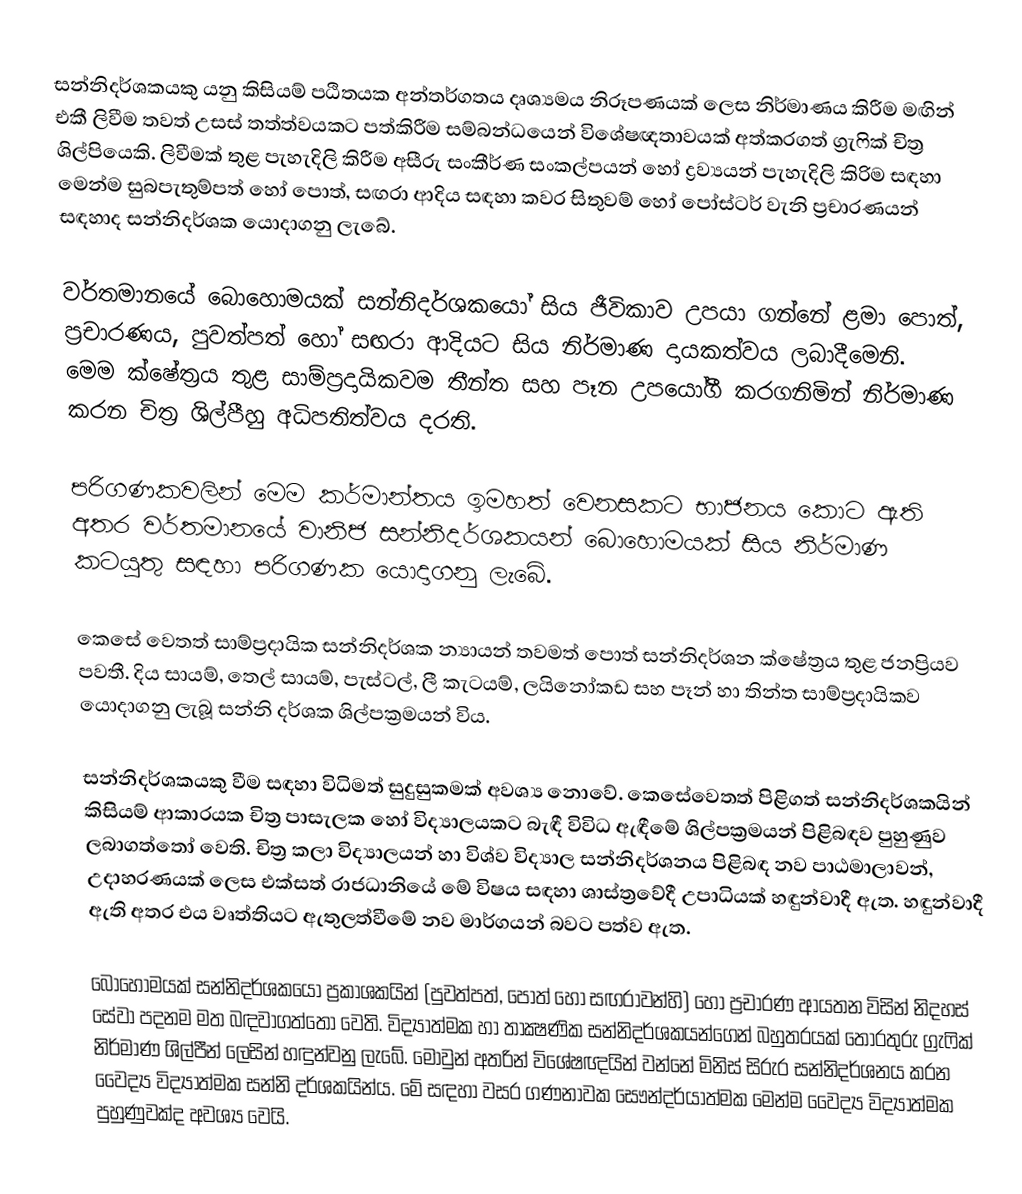
සන්නිදර්ශකයකු යනු කිසියම් පඨිතයක අන්තර්ගතය දෘශ්‍යමය නිරූපණයක් ලෙස නිර්මාණය කිරීම මඟින් එකී ලිවීම තවත් උසස් තත්ත්වයකට පත්කිරීම සම්බන්ධයෙන් විශේෂඥතාවයක් අත්කරගත් ග්‍රැෆික් චිත්‍ර ශිල්පියෙකි. ලිවීමක් තුළ පැහැදිලි කිරීම අසීරු සංකීර්ණ සංකල්පයන් හෝ ද්‍රව්‍යයන් පැහැදිලි කිරිම සඳහා මෙන්ම සුබපැතුම්පත් හෝ පොත්, සඟරා ආදිය සඳහා කවර සිතුවම් හෝ පෝස්ටර් වැනි ප්‍රචාරණයන් සඳහාද සන්නිදර්ශක යොදාගනු ලැබේ.

වර්තමානයේ බොහොමයක් සන්නිදර්ශකයෝ සිය ජීවිකාව උපයා ගන්නේ ළමා පොත්, ප්‍රචාරණය, පුවත්පත් හෝ සඟරා ආදියට සිය නිර්මාණ දායකත්වය ලබාදීමෙනි. මෙම ක්ෂේත්‍රය තුළ සාම්ප්‍රදායිකවම තීන්ත සහ පෑන උපයෝගී කරගනිමින් නිර්මාණ කරන චිත්‍ර ශිල්පීහු අධිපතිත්වය දරති.

පරිගණකවලින් මෙම කර්මාන්තය ඉමහත් වෙනසකට භාජනය කොට ඇති අතර වර්තමානයේ වානිජ සන්නිදර්ශකයන් බොහොමයක් සිය නිර්මාණ කටයුතු සඳහා පරිගණක යොදාගනු ලැබේ.

කෙසේ වෙතත් සාම්ප්‍රදායික සන්නිදර්ශක න්‍යායන් තවමත් පොත් සන්නිදර්ශන ක්ෂේත්‍රය තුළ ජනප්‍රියව පවතී. දිය සායම්, තෙල් සායම්, පැස්ටල්, ලී කැටයම්, ලයිනෝකඩ සහ පෑන් හා තින්ත සාම්ප්‍රදායිකව යොදාගනු ලැබූ සන්නි දර්ශක ශිල්පක්‍රමයන් විය.

සන්නිදර්ශකයකු වීම සඳහා විධිමත් සුදුසුකමක් අවශ්‍ය නොවේ. කෙසේවෙතත් පිළිගත් සන්නිදර්ශකයින් කිසියම් ආකාරයක චිත්‍ර පාසැලක හෝ විද්‍යාලයකට බැඳී විවිධ ඇඳීමේ ශිල්පක්‍රමයන් පිළිබඳව පුහුණුව ලබාගත්තෝ වෙති. චිත්‍ර කලා විද්‍යාලයන් හා විශ්ව විද්‍යාල සන්නිදර්ශනය පිළිබඳ නව පාඨමාලාවන්, උදාහරණයක් ලෙස එක්සත් රාජධානියේ මේ විෂය සඳහා ශාස්ත්‍රවේදී උපාධියක් හඳුන්වාදී ඇත. හඳුන්වාදී ඇති අතර එය වෘත්තියට ඇතුලත්වීමේ නව මාර්ගයන් බවට පත්ව ඇත.

බොහොමයක් සන්නිදර්ශකයෝ ප්‍රකාශකයින් (පුවත්පත්, පොත් හෝ සඟරාවන්හි) හෝ ප්‍රචාරණ ආයතන විසින් නිදහස් සේවා පදනම මත බඳවාගත්තෝ වෙති. විද්‍යාත්මක හා තාක්‍ෂණික සන්නිදර්ශකයන්ගෙන් බහුතරයක් තොරතුරු ග්‍රැෆික් නිර්මාණ ශිල්පීන් ලෙසින් හඳුන්වනු ලැබේ. මොවුන් අතරින් විශේෂඥයින් වන්නේ මිනිස් සිරුර සන්නිදර්ශනය කරන වෛද්‍ය විද්‍යාත්මක සන්නි දර්ශකයින්ය. මේ සඳහා වසර ගණනාවක සෞන්දර්යාත්මක මෙන්ම වෛද්‍ය විද්‍යාත්මක පුහුණුවක්ද අවශ්‍ය වෙයි.